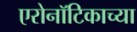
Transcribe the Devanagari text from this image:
एरोनॉटिकाच्या